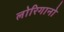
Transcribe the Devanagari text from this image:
लोरिगानो